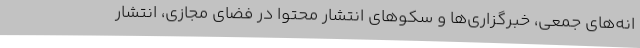
انه‌های جمعی، خبرگزاری‌ها و سکوهای انتشار محتوا در فضای مجازی، انتشار